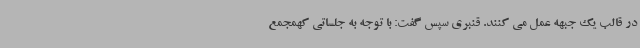
در قالب یک جبهه عمل می کنند. قنبری سپس گفت: با توجه به جلساتی کهمجمع